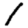
Digit: 1